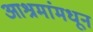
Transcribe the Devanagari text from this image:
आश्रमांमधून